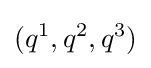
(q^{1},q^{2},q^{3})